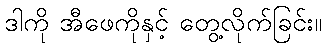
ဒါကို အီဖေကိုနှင့် တွေ့လိုက်ခြင်း။